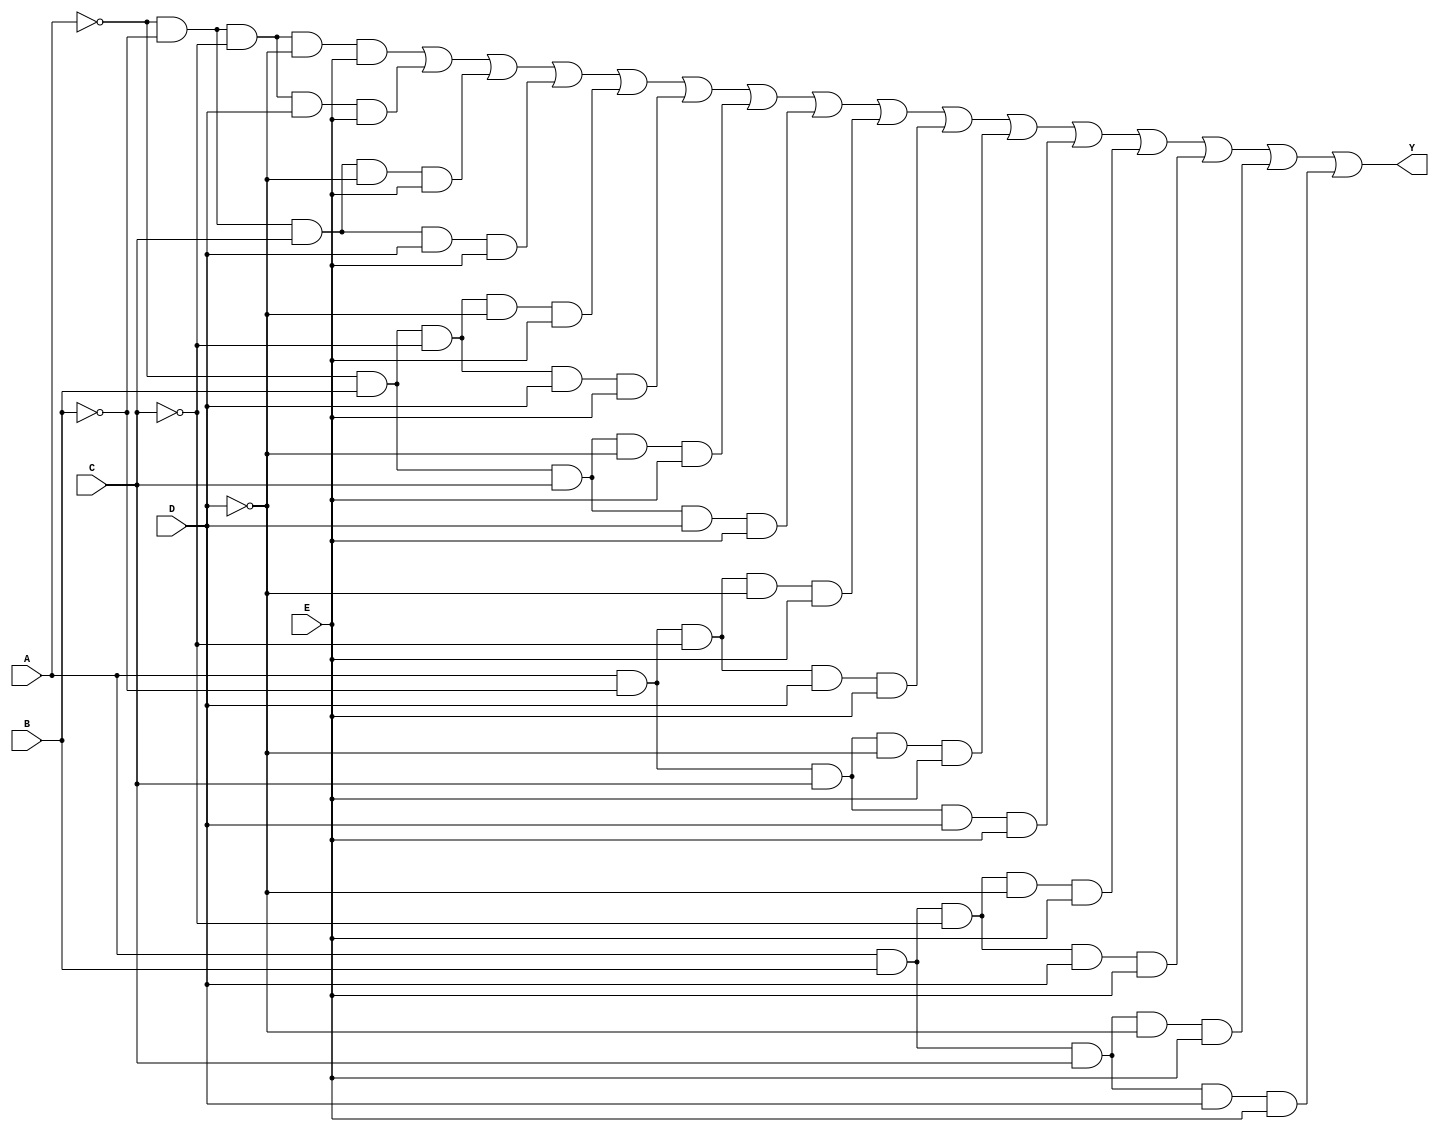
module five_variable_kmap (
    input wire A, // First input variable
    input wire B, // Second input variable
    input wire C, // Third input variable
    input wire D, // Fourth input variable
    input wire E, // Fifth input variable
    output wire Y // Output signal representing the simplified Boolean function
);

// Internal signal to represent the minterms
wire [31:0] minterms;

// Define the minterms corresponding to the K-map groups
assign minterms[0] = ~A & ~B & ~C & ~D & ~E; // m0
assign minterms[1] = ~A & ~B & ~C & ~D & E;  // m1
assign minterms[2] = ~A & ~B & ~C & D & ~E;   // m2
assign minterms[3] = ~A & ~B & ~C & D & E;    // m3
assign minterms[4] = ~A & ~B & C & ~D & ~E;    // m4
assign minterms[5] = ~A & ~B & C & ~D & E;     // m5
assign minterms[6] = ~A & ~B & C & D & ~E;      // m6
assign minterms[7] = ~A & ~B & C & D & E;       // m7
assign minterms[8] = ~A & B & ~C & ~D & ~E;     // m8
assign minterms[9] = ~A & B & ~C & ~D & E;      // m9
assign minterms[10] = ~A & B & ~C & D & ~E;     // m10
assign minterms[11] = ~A & B & ~C & D & E;      // m11
assign minterms[12] = ~A & B & C & ~D & ~E;     // m12
assign minterms[13] = ~A & B & C & ~D & E;      // m13
assign minterms[14] = ~A & B & C & D & ~E;      // m14
assign minterms[15] = ~A & B & C & D & E;       // m15
assign minterms[16] = A & ~B & ~C & ~D & ~E;    // m16
assign minterms[17] = A & ~B & ~C & ~D & E;     // m17
assign minterms[18] = A & ~B & ~C & D & ~E;     // m18
assign minterms[19] = A & ~B & ~C & D & E;      // m19
assign minterms[20] = A & ~B & C & ~D & ~E;     // m20
assign minterms[21] = A & ~B & C & ~D & E;      // m21
assign minterms[22] = A & ~B & C & D & ~E;      // m22
assign minterms[23] = A & ~B & C & D & E;       // m23
assign minterms[24] = A & B & ~C & ~D & ~E;     // m24
assign minterms[25] = A & B & ~C & ~D & E;      // m25
assign minterms[26] = A & B & ~C & D & ~E;      // m26
assign minterms[27] = A & B & ~C & D & E;       // m27
assign minterms[28] = A & B & C & ~D & ~E;      // m28
assign minterms[29] = A & B & C & ~D & E;       // m29
assign minterms[30] = A & B & C & D & ~E;       // m30
assign minterms[31] = A & B & C & D & E;        // m31

// Simplified output based on the K-map groups
// Modify this logic according to your K-map grouping results
assign Y = minterms[1] | minterms[3] | minterms[5] | minterms[7] |
           minterms[9] | minterms[11] | minterms[13] | minterms[15] |
           minterms[17] | minterms[19] | minterms[21] | minterms[23] |
           minterms[25] | minterms[27] | minterms[29] | minterms[31];

endmodule